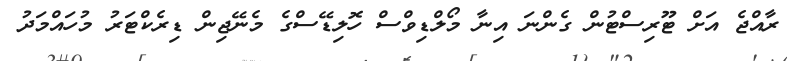
ރާއްޖެ އަށް ޓޫރިސްޓުން ގެންނަ އިނާ މޯލްޑިވްސް ހޮލިޑޭސްގެ މެނޭޖިން ޑިރެކްޓަރު މުހައްމަދު